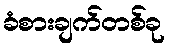
ခံစားချက်တစ်ခု